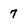
Character: 7